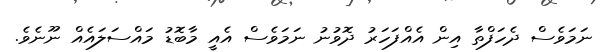
ނަމަވެސް ދެހަފްތާ އިން އެއްފަހަރު ދޮވުނު ނަމަވެސް އެއީ މާބޮޑު މައްސަލައެއް ނޫނެވެ.